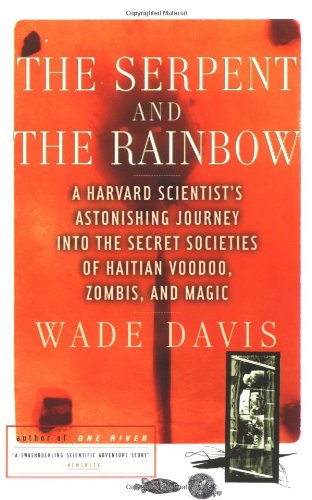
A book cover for The Serpent and the Rainbow: A Harvard Scientist's Astonishing Journey into the Secret Societies of Haitian Voodoo, Zombis, and Magic; Wade Davis; Science & Math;